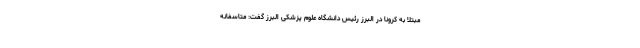
مبتلا به کرونا در البرز رئیس دانشگاه علوم پزشکی البرز گفت: متاسفانه